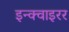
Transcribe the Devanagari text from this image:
इन्क्वाइरर